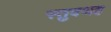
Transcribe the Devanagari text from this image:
स्तुवथह